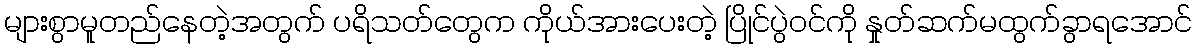
များစွာမူတည်နေတဲ့အတွက် ပရိသတ်တွေက ကိုယ်အားပေးတဲ့ ပြိုင်ပွဲဝင်ကို နှုတ်ဆက်မထွက်ခွာရအောင်